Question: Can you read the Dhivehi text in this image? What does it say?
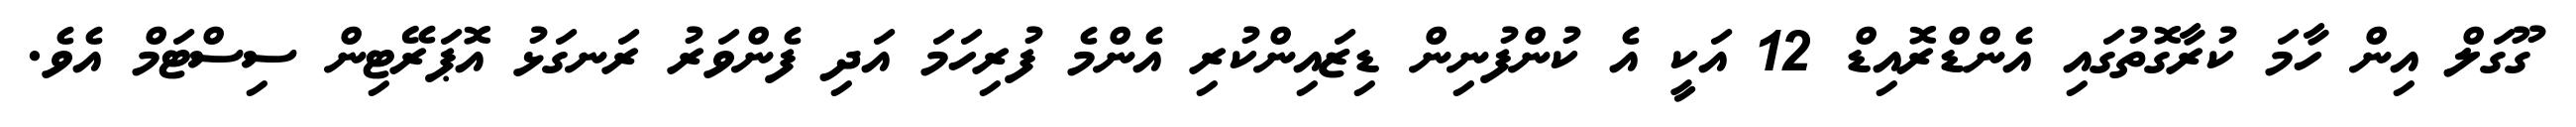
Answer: ގޫގަލް އިން ހާމަ ކުރާގޮތުގައި އެންޑްރޮއިޑް 12 އަކީ އެ ކުންފުނިން ޑިޒައިންކުރި އެންމެ ފުރިހަމަ އަދި ފެންވަރު ރަނގަޅު އޮޕަރޭޓިން ސިސްޓަމް އެވެ.